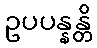
ဥပပန္နန္တိ